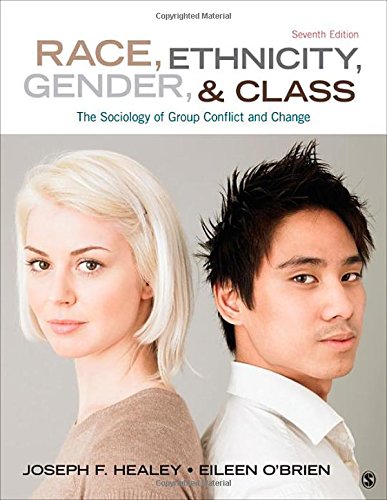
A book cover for Race, Ethnicity, Gender, and Class: The Sociology of Group Conflict and Change; Joseph F. Healey; Politics & Social Sciences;